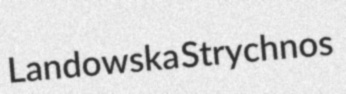
Landowska Strychnos